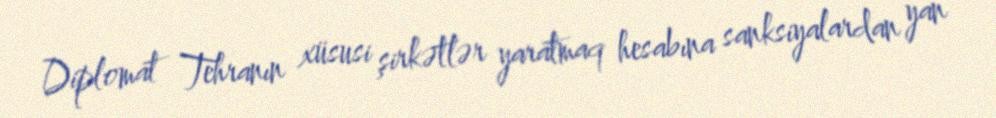
Diplomat Tehranın xüsusi şirkətlər yaratmaq hesabına sanksiyalardan yan